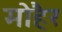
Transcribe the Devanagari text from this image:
मोहैर